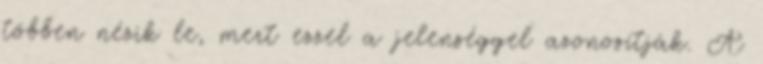
többen nézik le, mert ezzel a jelenséggel azonosítják. A